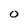
Character: O